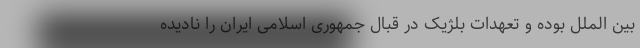
بین الملل بوده و تعهدات بلژیک در قبال جمهوری اسلامی ایران را نادیده